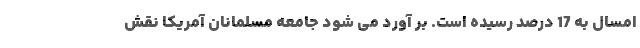
امسال به 17 درصد رسیده است. بر آورد می شود جامعه مسلمانان آمریکا نقش